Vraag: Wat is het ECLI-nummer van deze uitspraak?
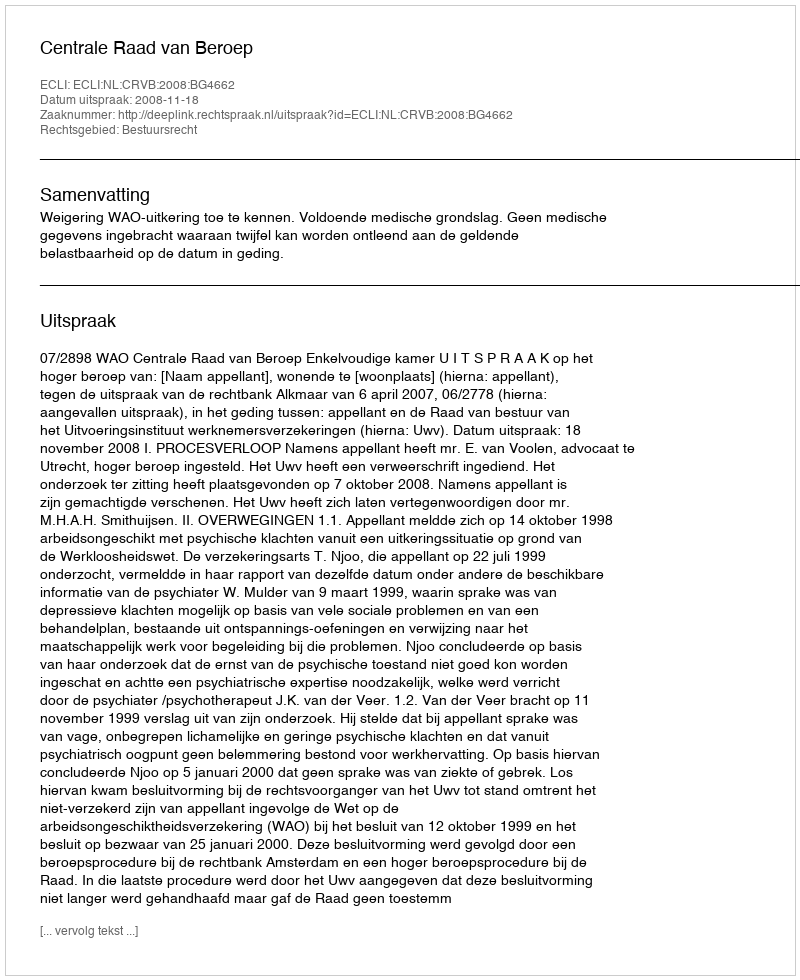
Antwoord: ECLI:NL:CRVB:2008:BG4662